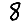
Digit: 8